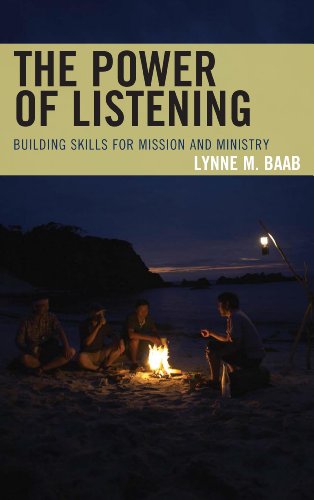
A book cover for The Power of Listening: Building Skills for Mission and Ministry; Lynne M. Baab; Christian Books & Bibles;